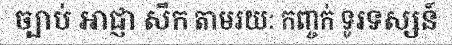
ច្បាប់ អាជ្ញា សឹក តាមរយៈ កញ្ចក់ ទូរទស្សន៍